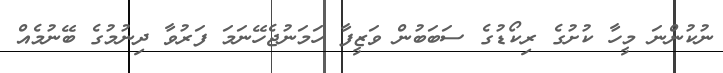
ނުކުންނަ މީހާ ކުށުގެ ރިކޯޑުގެ ސަބަބުން ވަޒީފާ ހަމަނުޖެހޭނަމަ ފަރުވާ ދިނުމުގެ ބޭނުމެއް